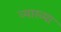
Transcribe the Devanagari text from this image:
व्याख्‍या